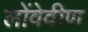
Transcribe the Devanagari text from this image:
लोंवेवीण